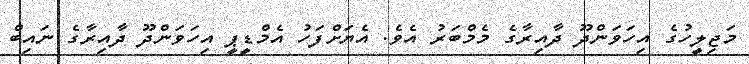
މަޖިލީހުގެ އިހަވަންދޫ ދާއިރާގެ މެމްބަރު އެވެ. އެޔަށްފަހު އެމްޑީޕީ އިހަވަންދޫ ދާއިރާގެ ނައިބް